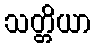
သတ္တိယာ